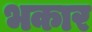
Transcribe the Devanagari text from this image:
भकार